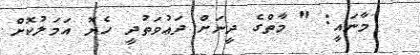
މާނައީ: " މާތްގެ ދީނަށް ދަޢުވަތުދީ ހެޔޮ އަމަލުކޮށް